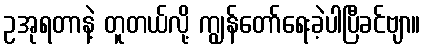
ဥအုရတာနဲ့ တူတယ်လို့ ကျွန်တော်ရေးခဲ့ပါပြီခင်ဗျာ။